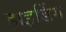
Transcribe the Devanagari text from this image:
हाइडिंग